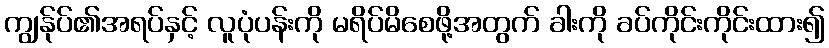
ကျွန်ုပ်၏အရပ်နှင့် လူပုံပန်းကို မရိပ်မိစေဖို့အတွက် ခါးကို ခပ်ကိုင်းကိုင်းထား၍